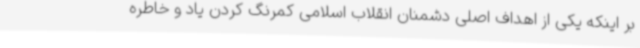
بر اینکه یکی از اهداف اصلی دشمنان انقلاب اسلامی کمرنگ کردن یاد و خاطره